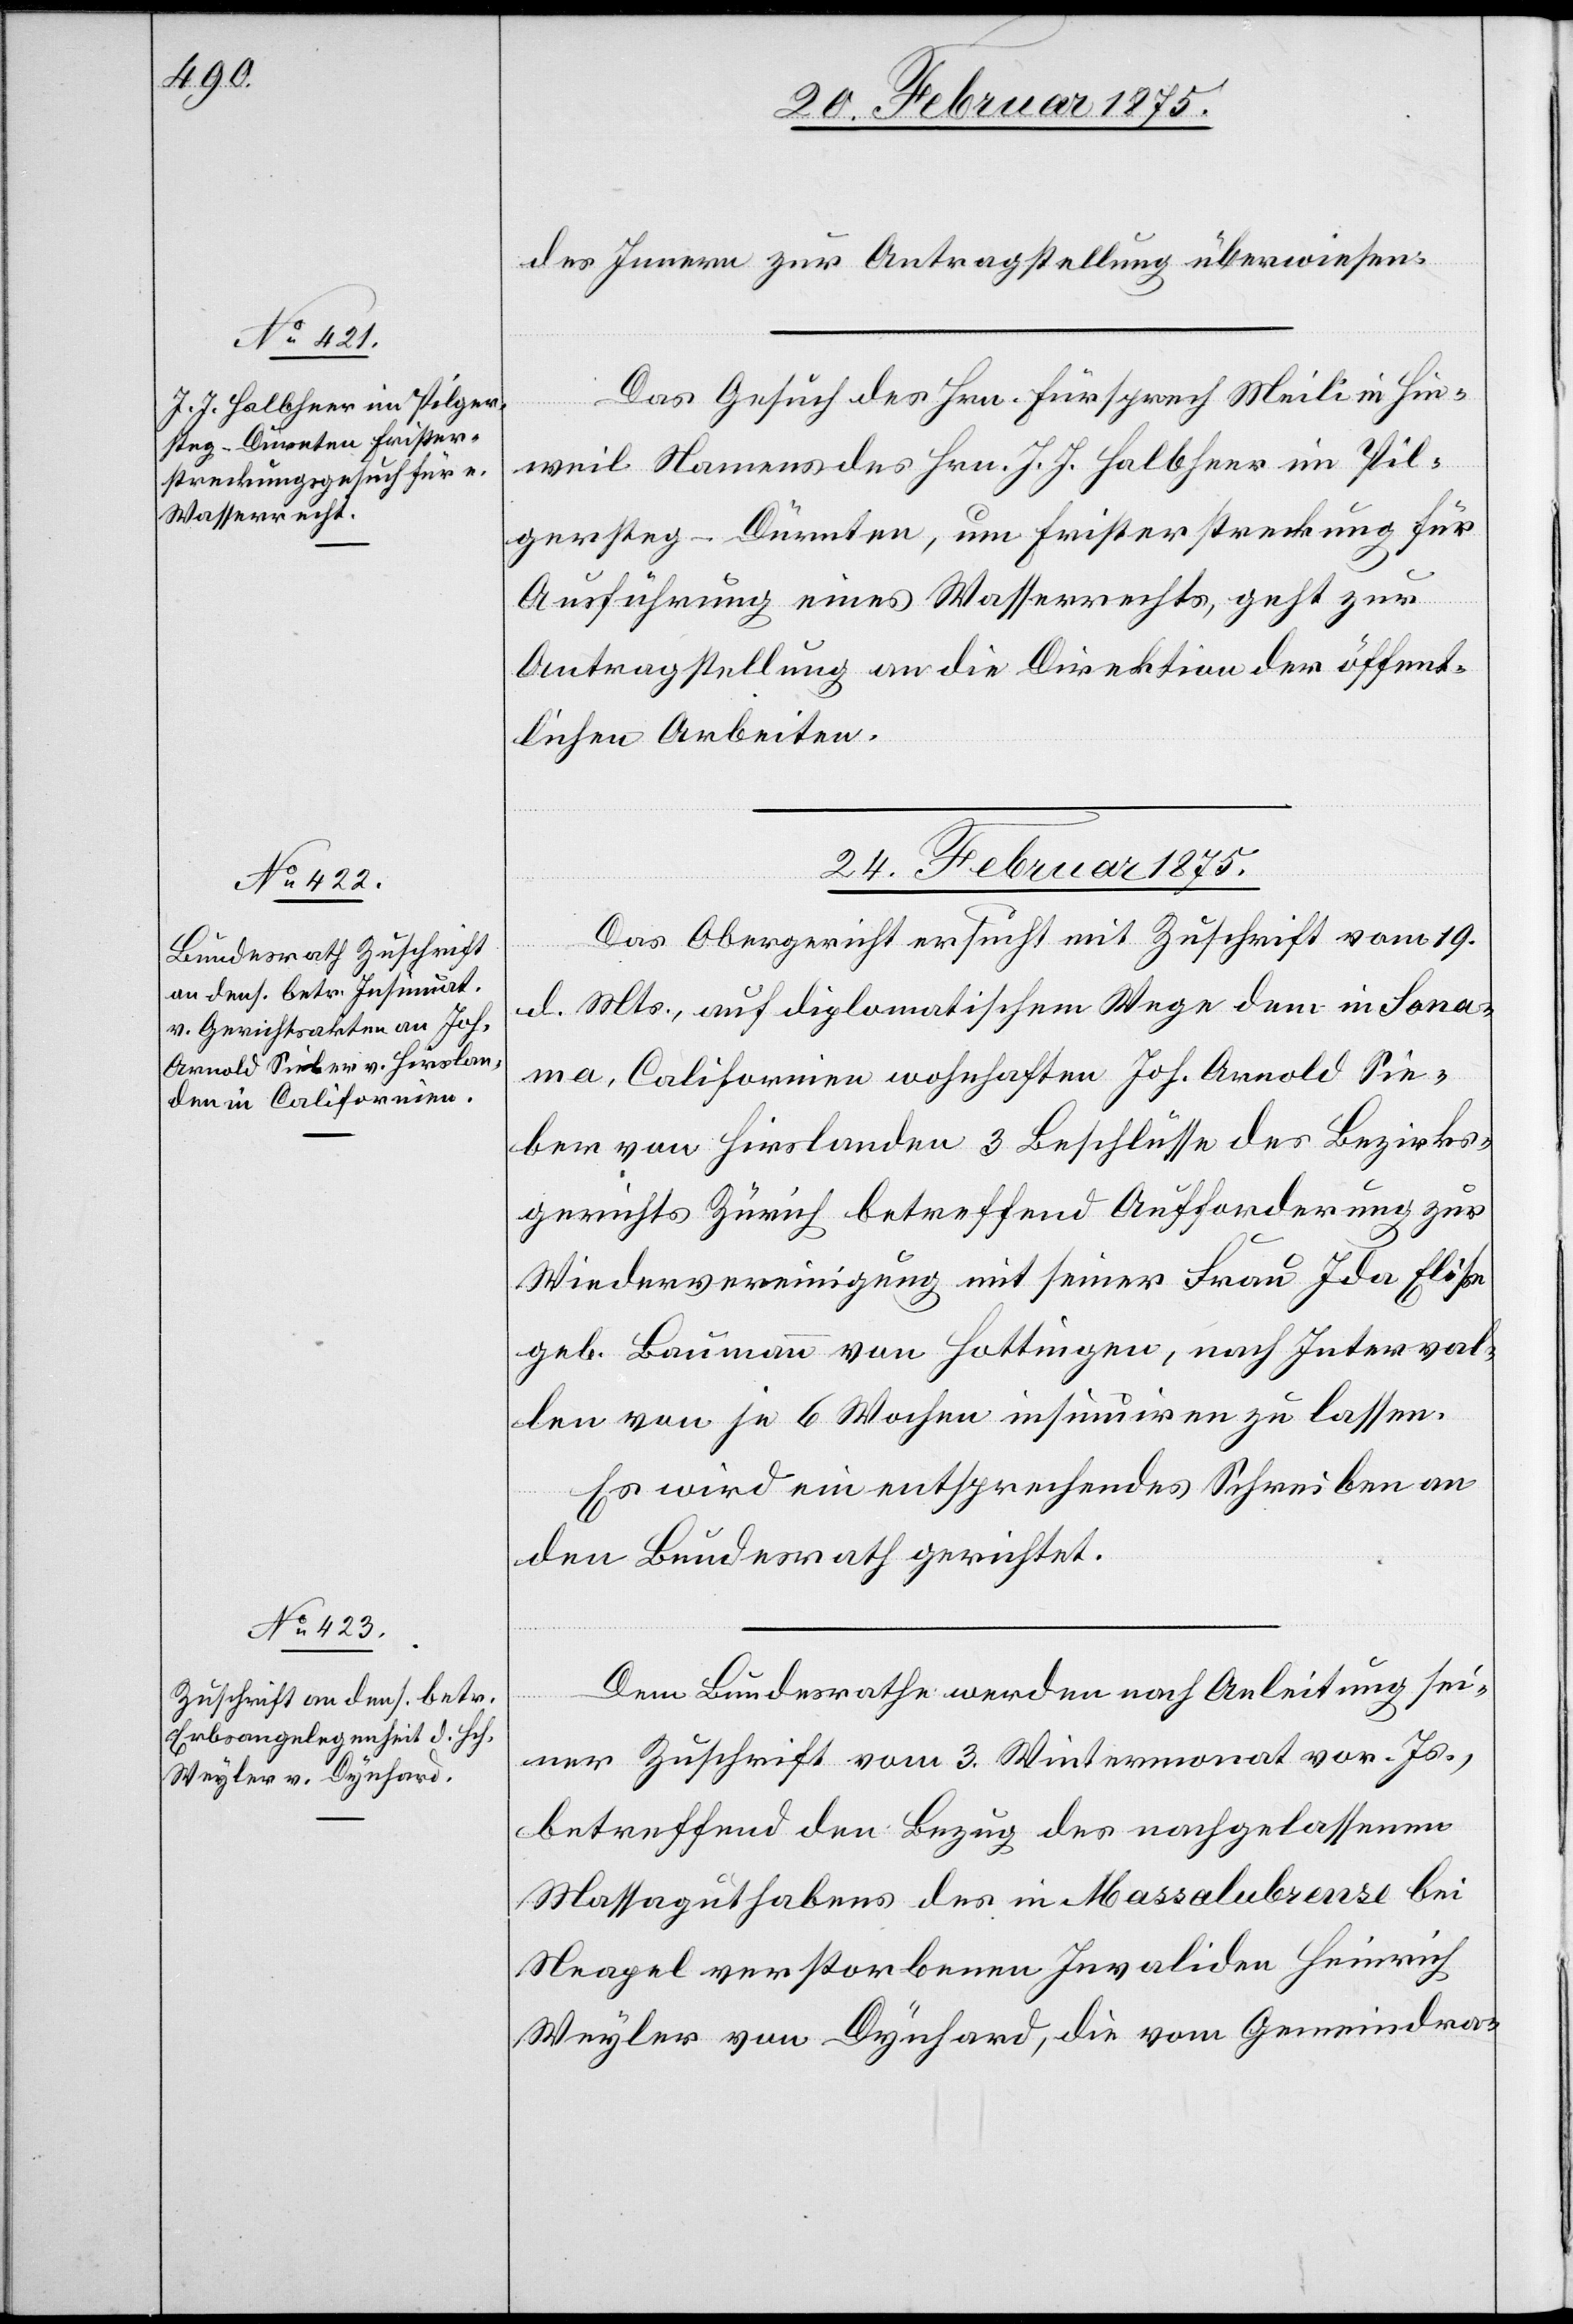
des Innern zur Antragstellung überwiesen.
Das Gesuch des Hrn. Fürsprech Meili in Hin¬
l-Verfügungen
weil Namens des Hrn. J. J. Halbheer im Pil¬
gersteg - Dürnten, um Fristerstreckung für
Ausführung eines Wasserrechts, geht zur
Antragstellung an die Direktion der öffent¬
lichen Arbeiten.
24. Februar 1875.]
Das Obergericht ersucht mit Zuschrift vom 19.
d. Mts., auf diplomatischem Wege dem in Sona¬
ma, Californien wohnhaften Joh. Arnold Se¬
iber von Hirslanden 3 Beschlüsse des Bezirks¬
gerichts Zürich betreffend Aufforderung zur
Wiedervereinigung mit seiner Frau Ida Elise
geb. Baumann von Hottingen, nach Interval¬
len von je 6 Wochen insinuiren zu lassen.
Es wird ein entsprechendes Schreiben an
den Bundesrath gerichtet.
Dem Bundesrathe werden nach Anleitung sei¬
ner Zuschrift vom 3. Wintermonat vor. Js.,
betreffend den Bezug des nachgelassenen
Massaguthabens des in Massalubrense bei
Neapel verstorbenen Invaliden Heinrich
Weyler von Dynhard, die vom Gemeindra-